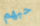
حبهم